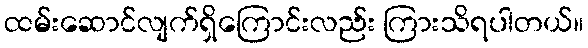
ထမ်းဆောင်လျက်ရှိကြောင်းလည်း ကြားသိရပါတယ်။